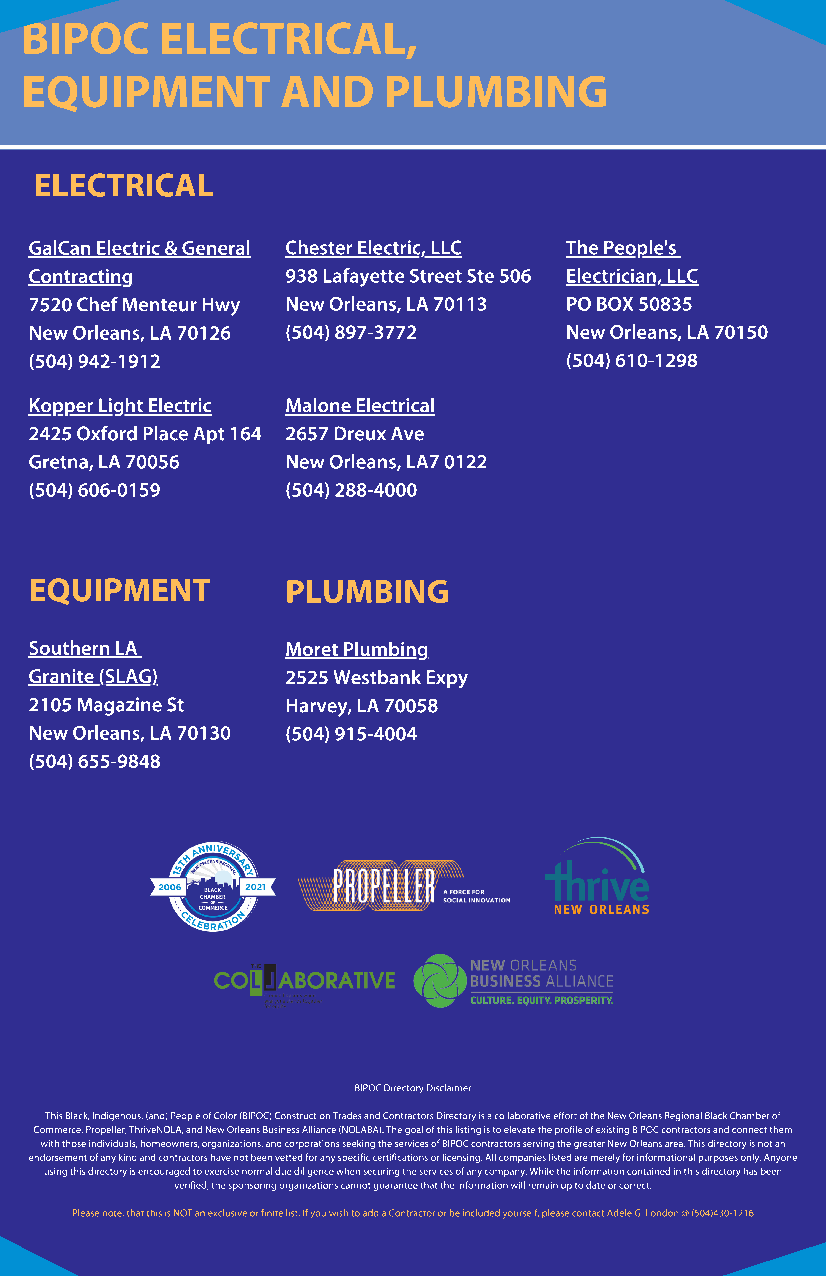
BIPOC     ELECTRICAL,
 EQUIPMENT         AND   PLUMBING
 ELECTRICAL
 GalCan Electric & General Chester Electric, LLC The People's
 Contracting      938 Lafayette Street Ste 506 Electrician, LLC
 7520 Chef Menteur Hwy New Orleans, LA 70113 PO BOX 50835
 New Orleans, LA 70126 (504) 897-3772 New Orleans, LA 70150
 (504) 942-1912                     (504) 610-1298
 Kopper Light Electric Malone Electrical
 2425 Oxford Place Apt 164 2657 Dreux Ave
 Gretna, LA 70056 New Orleans, LA7 0122
 (504) 606-0159   (504) 288-4000
 EQUIPMENT        PLUMBING
 Southern LA      Moret Plumbing
 Granite (SLAG)   2525 Westbank Expy
 2105 Magazine St Harvey, LA 70058
 New Orleans, LA 70130 (504) 915-4004
 (504) 655-9848
 BIPOC Directory Disclaimer
 This Black, Indigenous, (and) People of Color (BIPOC) Construction Trades and Contractors Directory is a collaborative effort of the New Orleans Regional Black Chamber of
 Commerce, Propeller, ThriveNOLA, and New Orleans Business Alliance (NOLABA). The goal of this listing is to elevate the profile of existing BIPOC contractors and connect them
 with those individuals, homeowners, organizations, and corporations seeking the services of BIPOC contractors serving the greater New Orleans area. This directory is not an
 endorsement of any kind and contractors have not been vetted for any specific certifications or licensing. All companies listed are merely for informational purposes only. Anyone
 using this directory is encouraged to exercise normal due diligence when securing the services of any company. While the information contained in this directory has been
 verified, the sponsoring organizations cannot guarantee that the information will remain up to date or correct.
 Please note, that this is NOT an exclusive or finite list. If you wish to add a Contractor or be included yourself, please contact Adele G. London @ (504)430-1216